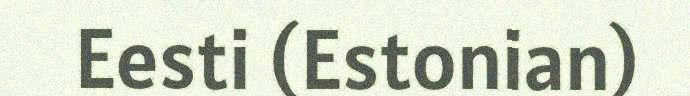
Eesti (Estonian)